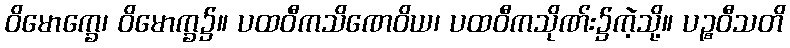
ဝိမောက္ခေ၊ ဝိမောက္ခ၌။ ပထဝီကသိဏေဝိယ၊ ပထဝီကသိုဏ်း၌ကဲ့သို့။ ပဉ္စဝီသတိ